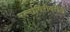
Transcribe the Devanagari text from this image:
रत्नागिरीवरील